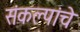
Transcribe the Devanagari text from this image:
संकल्पांचे